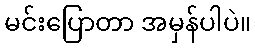
မင်းပြောတာ အမှန်ပါပဲ။